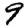
Digit: 9